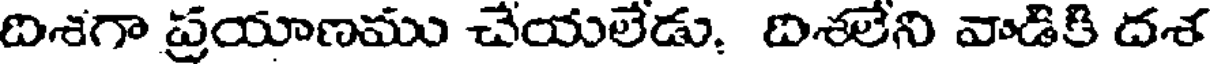
దిశగా ప్రయాణము చేయలేడు. దిశలేని వాడికి దశ